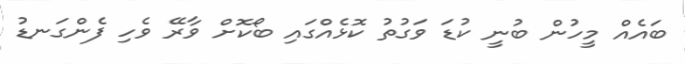
ބައެއް މީހުން ބުނީ ކުޑަ ވަގުތު ކޮޅެއްގައި ބޯކޮށް ވާރޭ ވެހި ފެންގަނޑު